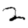
Digit: 2